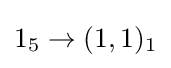
1_{5}\to (1,1)_{1}